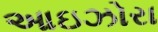
આઇઝોરા